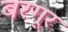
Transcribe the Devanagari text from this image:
बरगूर